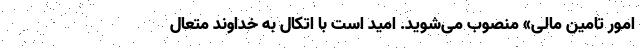
امور تامین مالی» منصوب می‌شوید. امید است با اتکال به خداوند متعال